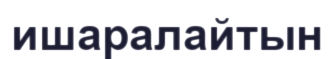
ишаралайтын